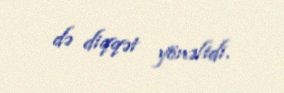
də diqqət yönəltdi.